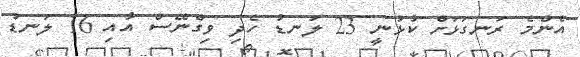
އެންމެ ރަނގަޅަށް ކުޅުނީ 23 ލަނޑު ހެދި ވިގްނޭސް އާއި 16 ލަނޑު